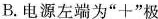
B.电源左端为”+”极